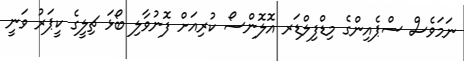
ނަމަވެސް ސްޕެއިންގެ މިޑްފިލްްޑަރ އޮލޮންސޯ ކުރިއަށް ފޮނުވާލި ބޯޅަ ޗިލީގެ ކީޕަރު ވަނީ